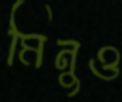
মিনুও